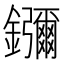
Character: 𬬠